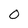
Character: 0